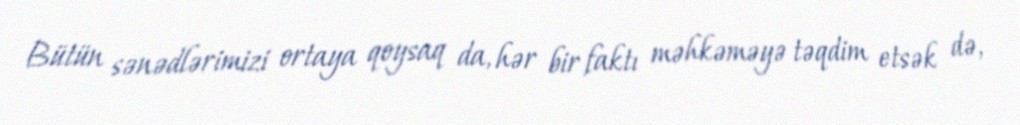
Bütün sənədlərimizi ortaya qoysaq da, hər bir faktı məhkəməyə təqdim etsək də,